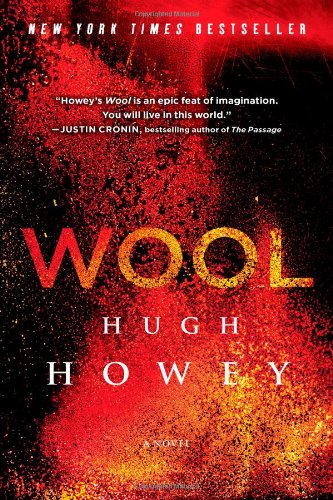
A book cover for Wool; Hugh Howey; Science Fiction & Fantasy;